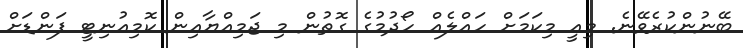
ބޭނުންކުރެވޭނެ. މިއީ މިކަމަށް ހައްލެއް ހޯދުމުގެ ގޮތުން މި ޖަމިއްޔާއިން ކޮމިއުނިޓީ ފަންޑަށް